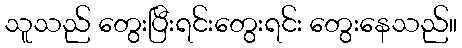
သူသည် တွေးပြီးရင်းတွေးရင်း တွေးနေသည်။